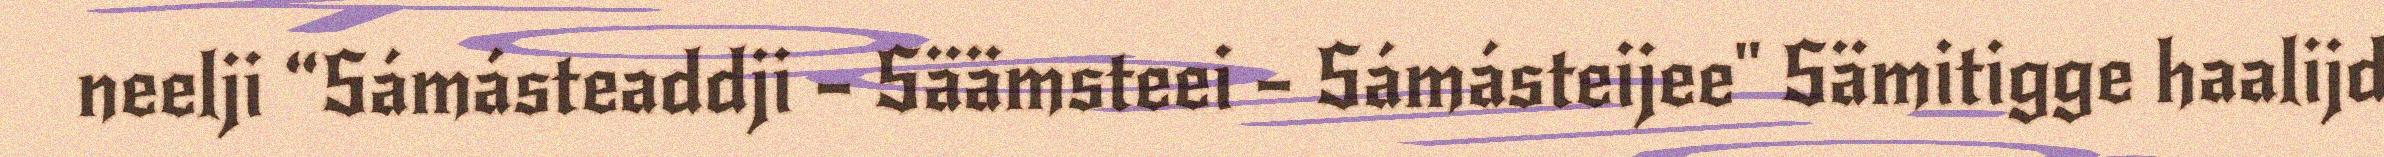
neelji “Sámásteaddji – Säämsteei – Sámásteijee" Sämitigge haalijd